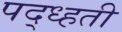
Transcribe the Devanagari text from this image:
पद्ध्हती